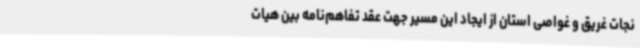
نجات غریق و غواصی استان از ایجاد این مسیر جهت عقد تفاهم‌نامه بین هیات